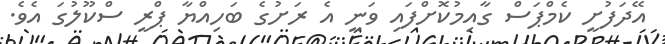
އޭދަފުށީ ކެމްޕަސް ގާއިމުކޮށްފައި ވަނީ އެ ރަށުގެ ބަހިއްޔާ ޕްރީ ސްކޫލުގަ އެވެ.